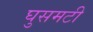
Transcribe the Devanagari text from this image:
घुसमटी